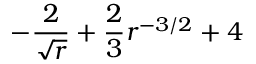
- \frac { 2 } { \sqrt { r } } + \frac { 2 } { 3 } r ^ { - 3 / 2 } + 4